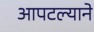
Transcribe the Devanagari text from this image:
आपटल्याने